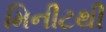
મિનીટથી